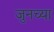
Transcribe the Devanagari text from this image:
जुनच्या